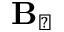
\mathbf { B } _ { \perp }